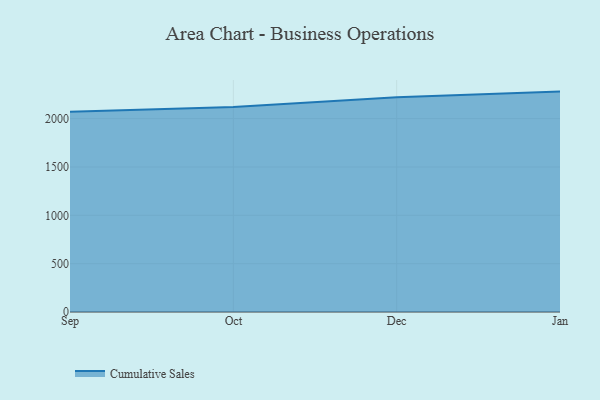
{"axis": {"x": "Month", "y": "Website Visitors"}, "legend": ["Cumulative Sales"], "data": [{"x": "Sep", "y": 2071.7, "type": "Cumulative Sales"}, {"x": "Oct", "y": 2119.4, "type": "Cumulative Sales"}, {"x": "Dec", "y": 2220.7, "type": "Cumulative Sales"}, {"x": "Jan", "y": 2279.7, "type": "Cumulative Sales"}]}